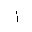
Letter: _alif